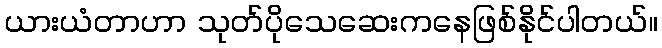
ယားယံတာဟာ သုတ်ပိုသေဆေးကနေဖြစ်နိုင်ပါတယ်။